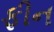
ફીન